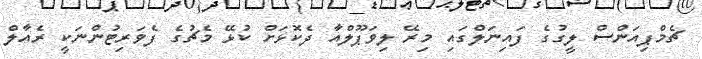
ޗެމްޕިއަންސް ލީގުގެ ފައިނަލްގައި މިރޭ ލިވަޕޫލްއާ ދެކޮޅަށް ކުޅޭ މެޗުގެ ފެވަރިޓުންނަކީ ރެއާލް